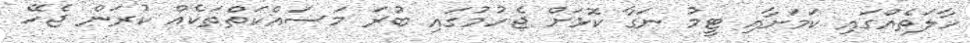
ހާލަތެއްގައި ކަމަށާއި ޓީމު ނަގާ ކޮޅަށް ޖެހުމުގައި ބުރަ މަސައްކަތްތަކެއް ކުރަން ޖެހޭ